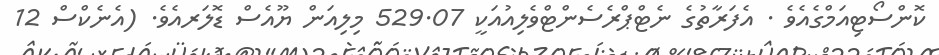
ކޮންސޯޓިއަމްގެއެވެ . އެފަރާތުގެ ނެޓްޕްރެސެންޓްވެލިއުއަކީ 529.07 މިލިއަން ޔޫއެސް ޑޮލަރއެވެ. (އެނެކްސް 12